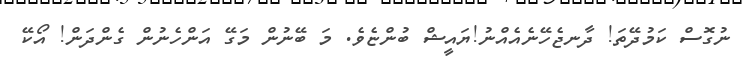
ނުގޮސް ކަމުދޭތަ! ދާނޖެހޭނެއެއްނު!ޔައީޝް ބުންޏެވެ. މަ ބޭނުން މަގޭ އަންހެނުން ގެންދަން! އޯކޭ